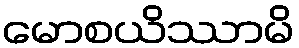
မောစယိဿာမိ